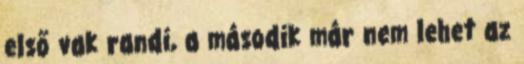
első vak randi, a második már nem lehet az